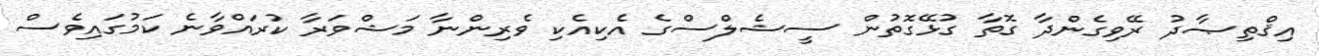
އިޤްތިޞާދު ރޭވިގެންދާ ގޮތާ ގުޅޭގޮތުން ސީޝެލްސްގެ އެކިއެކި ވެރިންނާ މަޝްވަރާ ކުރައްވާނެ ކަމުގައިވެސް